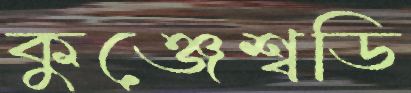
কুঞ্জেশ্বডি